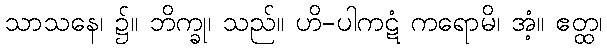
သာသနေ၊ ၌။ ဘိက္ခု၊ သည်။ ဟိ-ပါကဋံ ကရောမိ၊ အံ့။ ဧတ္ထ၊